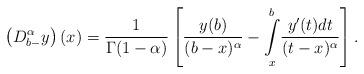
LaTeX: \begin{align*} \left(D_{b-}^\alpha y\right)(x)=\frac{1}{\Gamma(1-\alpha)}\left[\frac{y(b)}{(b-x)^\alpha}-\underset{x}{\overset{b}{\int}}\frac{y'(t)dt}{(t-x)^\alpha}\right].\end{align*}